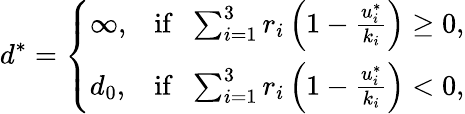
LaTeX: d^{*}=\left\{ \begin{array}{ll}{\infty,}&{\mathrm{if}\; \; \sum_{i=1}^{3}r_{i}\left(1-\frac{u_{i}^{*}}{k_{i}}\right)\ge 0,}\\ {d_{0},}&{\mathrm{if}\; \; \sum_{i=1}^{3}r_{i}\left(1-\frac{u_{i}^{*}}{k_{i}}\right)<0,}\end{array}\right.